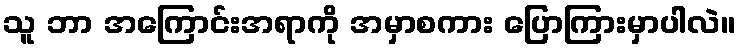
သူ ဘာ အကြောင်းအရာကို အမှာစကား ပြောကြားမှာပါလဲ။